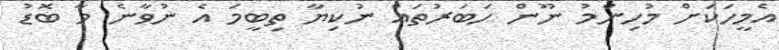
އެމީހަކަށް މުހިންމު ނޫން ހަބަރުތައް ނުކިޔާ ތިބީމަ އެ ނުވާނެ މާ ބޮޑު